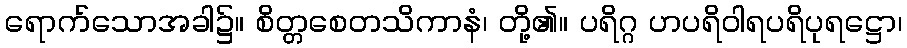
ရောက်သောအခါ၌။ စိတ္တစေတသိကာနံ၊ တို့၏။ ပရိဂ္ဂ ဟပရိဝါရပရိပုရဋ္ဌော၊